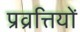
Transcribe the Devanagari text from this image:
प्रव्रत्तियों